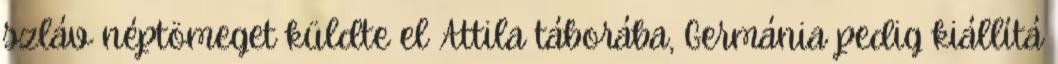
szláv néptömeget küldte el Attila táborába, Germánia pedig kiállítá